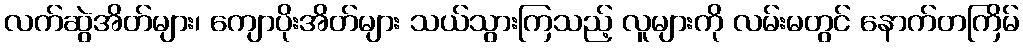
လက်ဆွဲအိတ်များ၊ ကျောပိုးအိတ်များ သယ်သွားကြသည့် လူများကို လမ်းမတွင် နောက်တကြိမ်